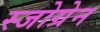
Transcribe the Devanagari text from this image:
स्जोग्रेन